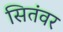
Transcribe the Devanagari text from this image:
सितंवर